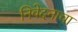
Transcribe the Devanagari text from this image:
निवेदनाचा